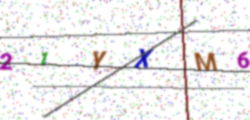
Text: 21YXM6